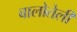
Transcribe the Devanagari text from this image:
बालोतेली